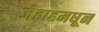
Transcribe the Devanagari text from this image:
जेद्दाहमधून